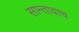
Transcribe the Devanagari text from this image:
सान्तावाच